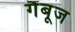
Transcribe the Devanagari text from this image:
गैंबूज